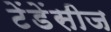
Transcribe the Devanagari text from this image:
टेंडेंसीज